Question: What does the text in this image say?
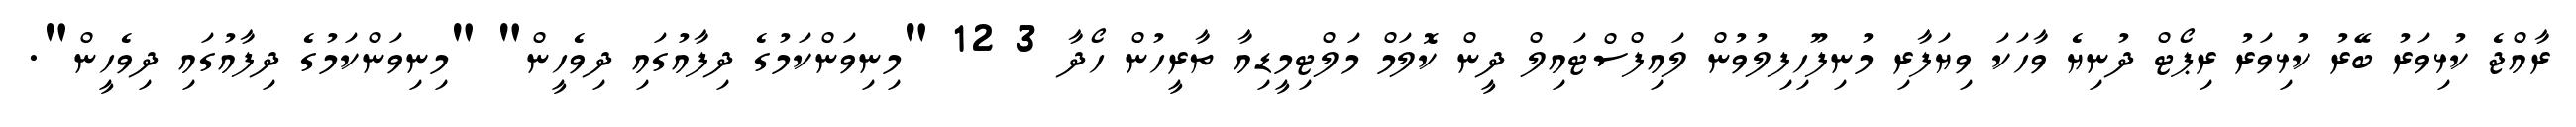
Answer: ރާއްޖެ ކުޅިވަރު ބޭރު ކުޅިވަރު ރިޕޯޓް ދުނިޔެ ވާހަކަ ވިޔަފާރި މުނިފޫހިފިލުވުން ލައިފްސްޓައިލް ދީން ކޮލަމް މަލްޓިމީޑިއާ ތާރީހުން ހޯދާ 3 12 "މިނިވަންކަމުގެ ދިފާއުގައި ދިވެހީން" "މިނިވަންކަމުގެ ދިފާއުގައި ދިވެހީން".